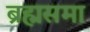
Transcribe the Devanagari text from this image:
ब्रह्मसमा